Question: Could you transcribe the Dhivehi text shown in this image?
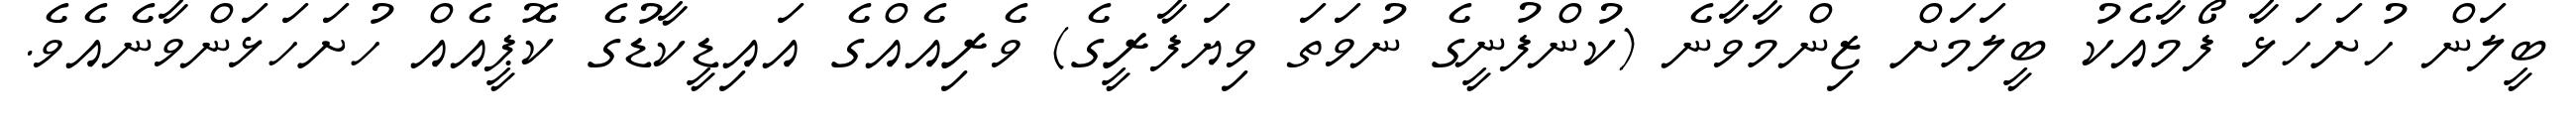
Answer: ބީލަން ހުށަހަޅާ ފޯމާއެކު ބީލަމަށް ޒިންމާވާނެ (ކުންފުނީގެ ނުވަތަ ވިޔަފާރީގެ) ވެރިއެއްގެ އައިޑީކާޑުގެ ކޮޕީއެއް ހުށަހަޅަންވާނެއެވެ.